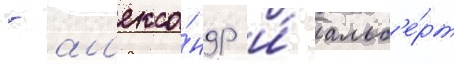
- ал'екса́ндр и́ альб'е́рт